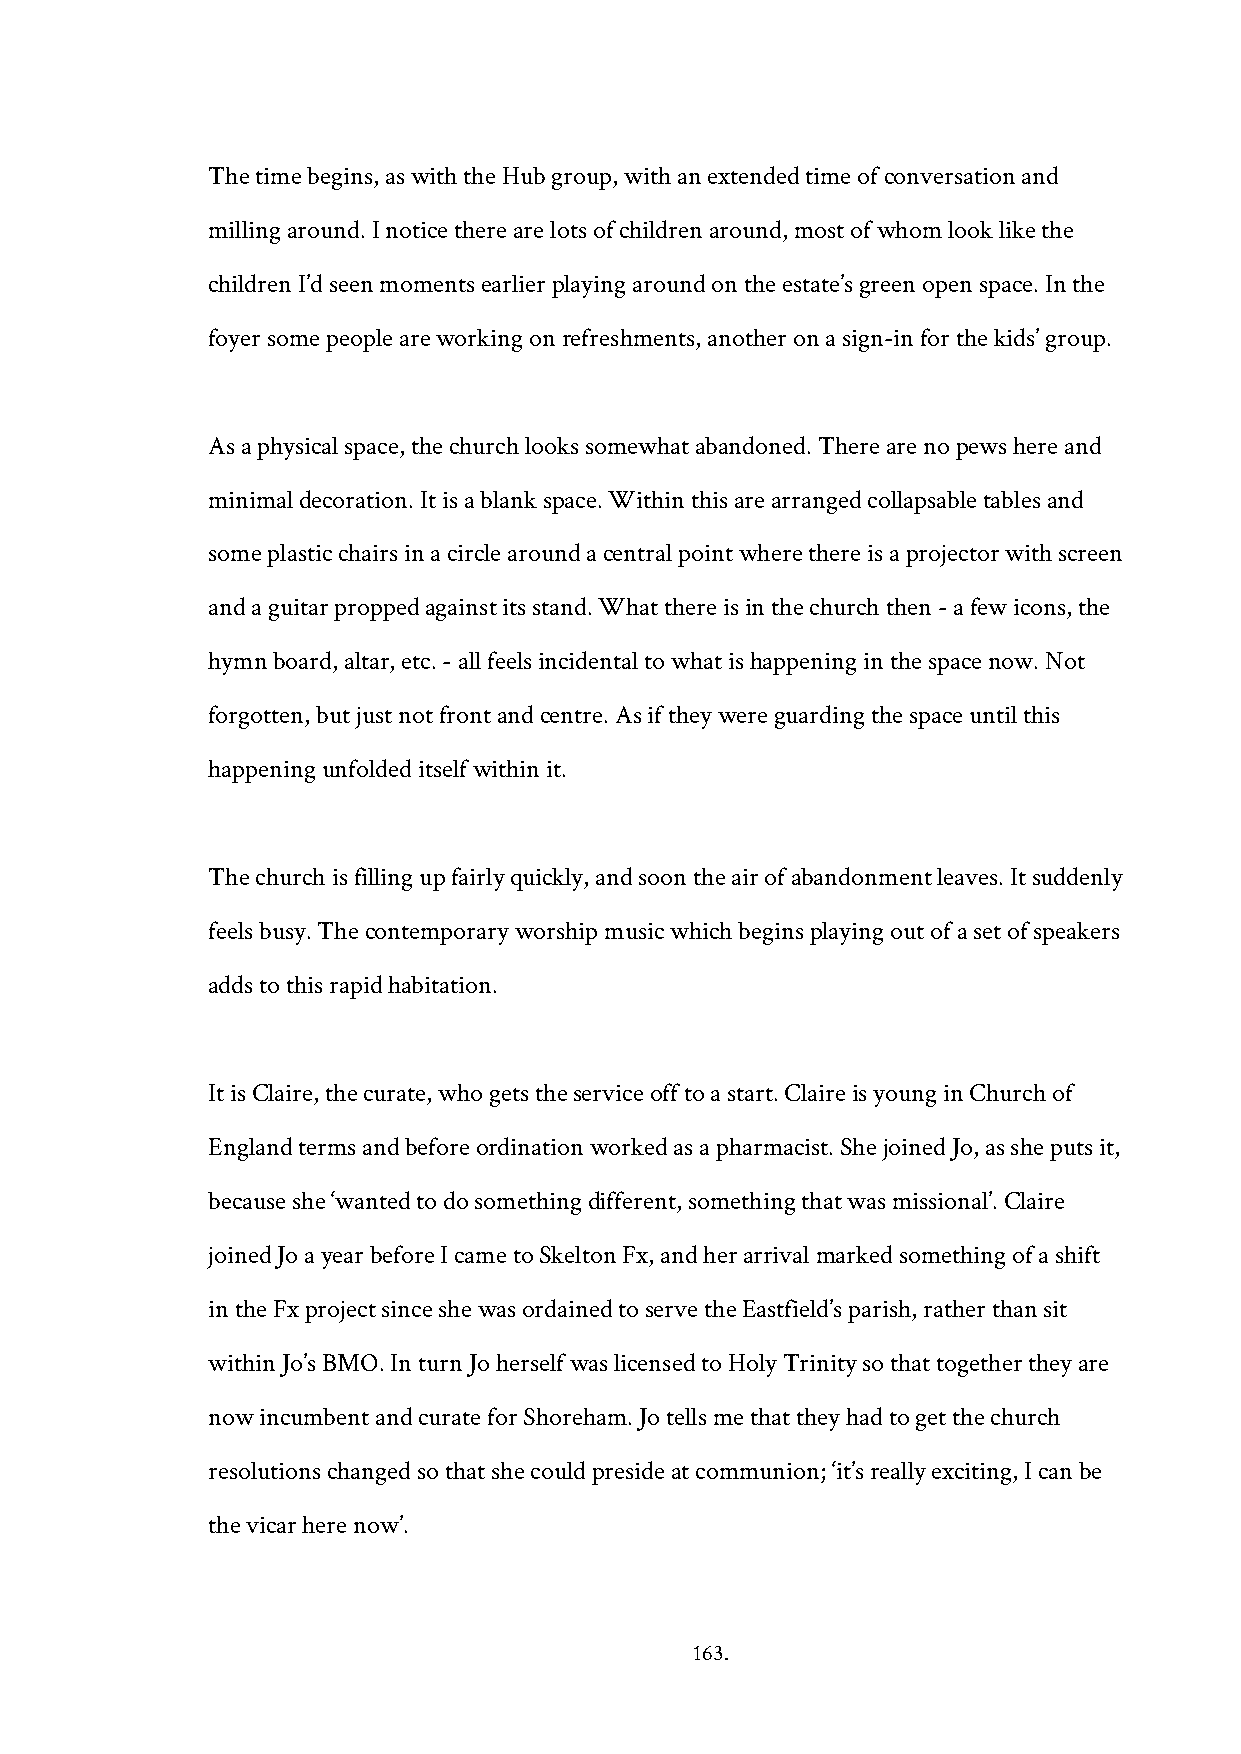
The time begins, as with the Hub group, with an extended time of conversation and
 milling around. I notice there are lots of children around, most of whom look like the
 children I’d seen moments earlier playing around on the estate’s green open space. In the
 foyer some people are working on refreshments, another on a sign-in for the kids’ group.
 As a physical space, the church looks somewhat abandoned. There are no pews here and
 minimal decoration. It is a blank space. Within this are arranged collapsable tables and
 some plastic chairs in a circle around a central point where there is a projector with screen
 and a guitar propped against its stand. What there is in the church then - a few icons, the
 hymn board, altar, etc. - all feels incidental to what is happening in the space now. Not
 forgotten, but just not front and centre. As if they were guarding the space until this
 happening unfolded itself within it.
 The church is filling up fairly quickly, and soon the air of abandonment leaves. It suddenly
 feels busy. The contemporary worship music which begins playing out of a set of speakers
 adds to this rapid habitation.
 It is Claire, the curate, who gets the service off to a start. Claire is young in Church of
 England terms and before ordination worked as a pharmacist. She joined Jo, as she puts it,
 because she ‘wanted to do something different, something that was missional’. Claire
 joined Jo a year before I came to Skelton Fx, and her arrival marked something of a shift
 in the Fx project since she was ordained to serve the Eastfield’s parish, rather than sit
 within Jo’s BMO. In turn Jo herself was licensed to Holy Trinity so that together they are
 now incumbent and curate for Shoreham. Jo tells me that they had to get the church
 resolutions changed so that she could preside at communion; ‘it’s really exciting, I can be
 the vicar here now’.
 163.